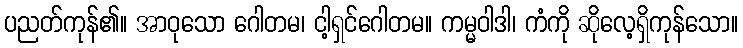
ပညတ်ကုန်၏။ အာဝုသော ဂေါတမ၊ ငါ့ရှင်ဂေါတမ။ ကမ္မဝါဒါ၊ ကံကို ဆိုလေ့ရှိကုန်သော။